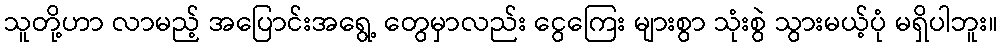
သူတို့ဟာ လာမည့် အပြောင်းအရွေ့ တွေမှာလည်း ငွေကြေး များစွာ သုံးစွဲ သွားမယ့်ပုံ မရှိပါဘူး။